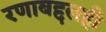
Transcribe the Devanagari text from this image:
रणाबद्दलही